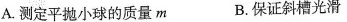
A.测定平抛小球的质量m B.保证斜槽光滑